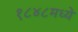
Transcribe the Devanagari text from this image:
१८४८मध्ये